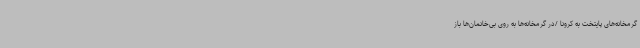
گرمخانه‌های پایتخت به کرونا /در گرمخانه‌ها به روی بی‌خانمان‌ها باز